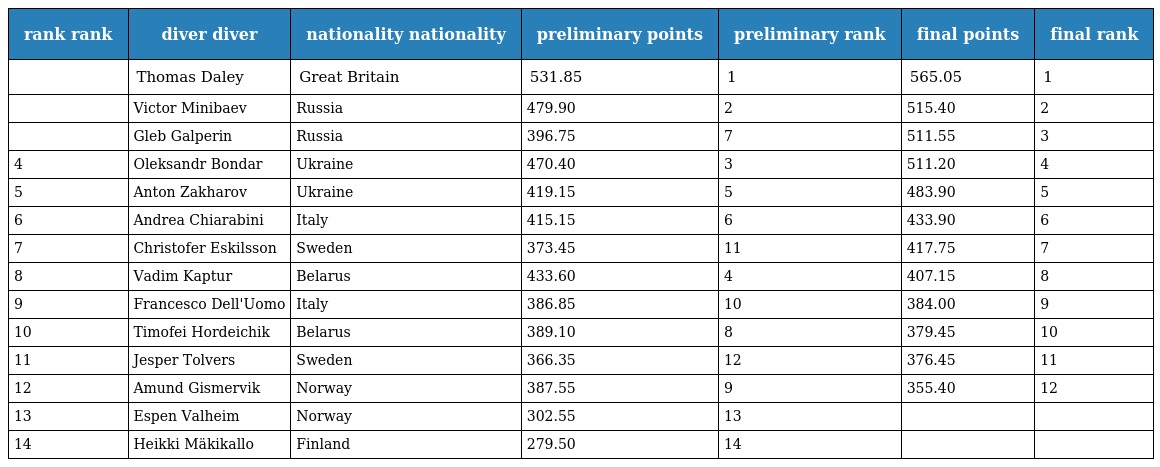
| rank rank | diver diver | nationality nationality | preliminary points | preliminary rank | final points | final rank |
 | --- | --- | --- | --- | --- | --- | --- |
 |  | Thomas Daley | Great Britain | 531.85 | 1 | 565.05 | 1 |
 |  | Victor Minibaev | Russia | 479.90 | 2 | 515.40 | 2 |
 |  | Gleb Galperin | Russia | 396.75 | 7 | 511.55 | 3 |
 | 4 | Oleksandr Bondar | Ukraine | 470.40 | 3 | 511.20 | 4 |
 | 5 | Anton Zakharov | Ukraine | 419.15 | 5 | 483.90 | 5 |
 | 6 | Andrea Chiarabini | Italy | 415.15 | 6 | 433.90 | 6 |
 | 7 | Christofer Eskilsson | Sweden | 373.45 | 11 | 417.75 | 7 |
 | 8 | Vadim Kaptur | Belarus | 433.60 | 4 | 407.15 | 8 |
 | 9 | Francesco Dell'Uomo | Italy | 386.85 | 10 | 384.00 | 9 |
 | 10 | Timofei Hordeichik | Belarus | 389.10 | 8 | 379.45 | 10 |
 | 11 | Jesper Tolvers | Sweden | 366.35 | 12 | 376.45 | 11 |
 | 12 | Amund Gismervik | Norway | 387.55 | 9 | 355.40 | 12 |
 | 13 | Espen Valheim | Norway | 302.55 | 13 |  |  |
 | 14 | Heikki Mäkikallo | Finland | 279.50 | 14 |  |  |